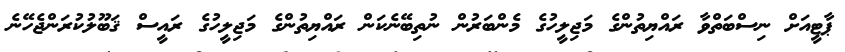
ޕާޓީއަށް ނިސްބަތްވާ ރައްޔިތުންގެ މަޖިލީހުގެ މެންބަރުން ނުތިބޭނެކަން ރައްޔިތުންގެ މަޖިލީހުގެ ރައީސް ޤަބޫލުކުރަންޖެހޭނެ